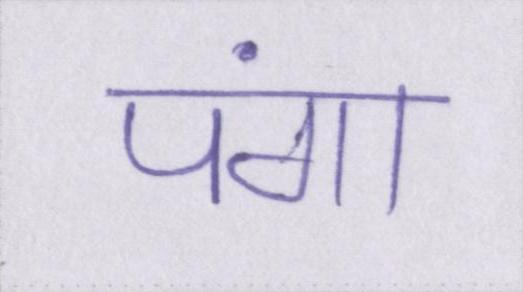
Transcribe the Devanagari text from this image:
पंगा